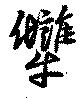
犨